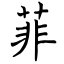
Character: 菲